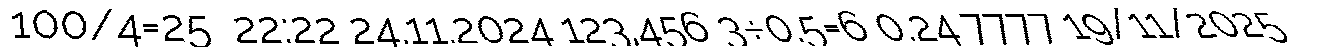
100/4=25  22:22 24.11.2024 123,456 3÷0.5=6 0.24 7777 19/11/2025